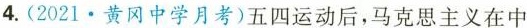
4.(2021·黄冈中学月考)五四运动后，马克思主义在中